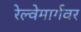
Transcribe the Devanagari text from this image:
रेल्वेमार्गवर